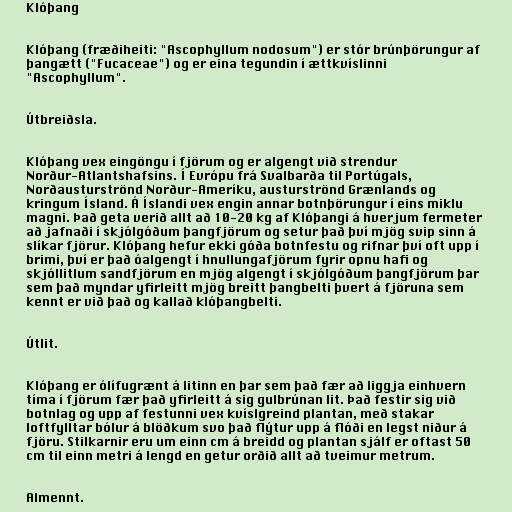
Klóþang

Klóþang (fræðiheiti: "Ascophyllum nodosum") er stór brúnþörungur af
þangætt ("Fucaceae") og er eina tegundin í ættkvíslinni
"Ascophyllum".

Útbreiðsla.

Klóþang vex eingöngu í fjörum og er algengt við strendur
Norður-Atlantshafsins. Í Evrópu frá Svalbarða til Portúgals,
Norðausturströnd Norður-Ameríku, austurströnd Grænlands og
kringum Ísland. Á Íslandi vex engin annar botnþörungur í eins miklu
magni. Það geta verið allt að 10-20 kg af Klóþangi á hverjum fermeter
að jafnaði í skjólgóðum þangfjörum og setur það því mjög svip sinn á
slíkar fjörur. Klóþang hefur ekki góða botnfestu og rifnar því oft upp í
brimi, því er það óalgengt í hnullungafjörum fyrir opnu hafi og
skjóllitlum sandfjörum en mjög algengt í skjólgóðum þangfjörum þar
sem það myndar yfirleitt mjög breitt þangbelti þvert á fjöruna sem
kennt er við það og kallað klóþangbelti.

Útlit.

Klóþang er ólífugrænt á litinn en þar sem það fær að liggja einhvern
tíma í fjörum fær það yfirleitt á sig gulbrúnan lit. Það festir sig við
botnlag og upp af festunni vex kvíslgreind plantan, með stakar
loftfylltar bólur á blöðkum svo það flýtur upp á flóði en legst niður á
fjöru. Stilkarnir eru um einn cm á breidd og plantan sjálf er oftast 50
cm til einn metri á lengd en getur orðið allt að tveimur metrum.

Almennt.